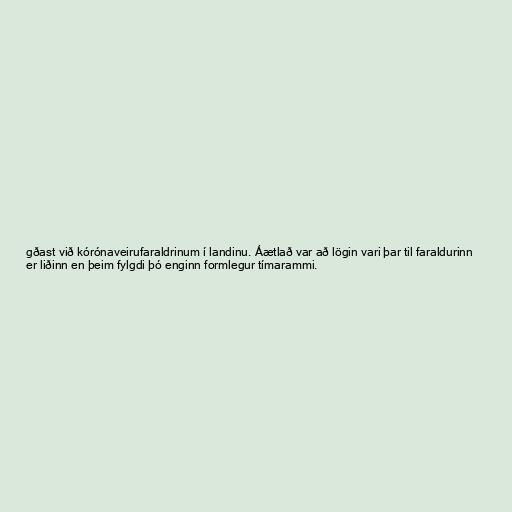
gðast við kórónaveirufaraldrinum í landinu. Áætlað var að lögin vari þar til faraldurinn
er liðinn en þeim fylgdi þó enginn formlegur tímarammi.